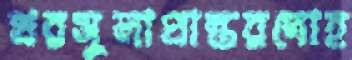
খরসুলাপ্রান্তরদোহ